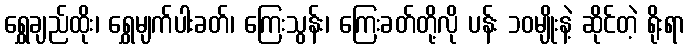
ရွှေချည်ထိုး၊ ရွှေမျက်ပါးခတ်၊ ကြေးသွန်း၊ ကြေးခတ်တို့လို ပန်း ၁၀မျိုးနဲ့ ဆိုင်တဲ့ ရိုးရာ